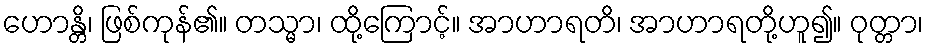
ဟောန္တိ၊ ဖြစ်ကုန်၏။ တသ္မာ၊ ထို့ကြောင့်။ အာဟာရတိ၊ အာဟာရတို့ဟူ၍။ ဝုတ္တာ၊